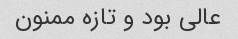
عالی بود و تازه ممنون